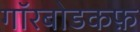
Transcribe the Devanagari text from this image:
गॉरबोडकफ़